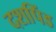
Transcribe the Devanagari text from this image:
दशपिंड